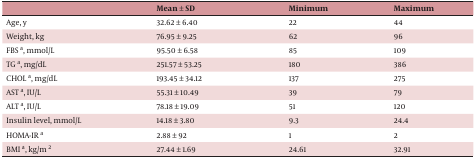
<table><thead><tr><td></td><td><b>Mean ± SD</b></td><td><b>Minimum</b></td><td><b>Maximum</b></td></tr></thead><tbody><tr><td>Age, y</td><td>32.62 ± 6.40</td><td>22</td><td>44</td></tr><tr><td>Weight, kg</td><td>76.95 ± 9.25</td><td>62</td><td>96</td></tr><tr><td>FBS a, mmol/L</td><td>95.50 ± 6.58</td><td>85</td><td>109</td></tr><tr><td>TG a, mg/dL</td><td>251.57 ± 53.25</td><td>180</td><td>386</td></tr><tr><td>CHOL a, mg/dL</td><td>193.45 ± 34.12</td><td>137</td><td>275</td></tr><tr><td>AST a, IU/L</td><td>55.31 ± 10.49</td><td>39</td><td>79</td></tr><tr><td>ALT a, IU/L</td><td>78.18 ± 19.09</td><td>51</td><td>120</td></tr><tr><td>Insulin level, mmol/L</td><td>14.18 ± 3.80</td><td>9.3</td><td>24.4</td></tr><tr><td>HOMA-IR a</td><td>2.88 ± 92</td><td>1</td><td>2</td></tr><tr><td>BMI a, kg/m <sup>2</sup></td><td>27.44 ± 1.69</td><td>24.61</td><td>32.91</td></tr></tbody></table>